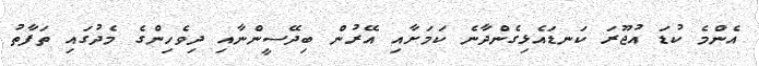
އެންމެ ކުޑަ އުޖޫރަ ކަނޑައެޅިގެންދާނެ ކަމަށާއި އޭރުން ބިދޭސީންނާއި ދިވެހިންގެ މެދުގައި ތަފާތު